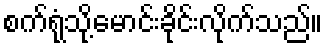
စက်ရုံသို့မောင်းခိုင်းလိုက်သည်။